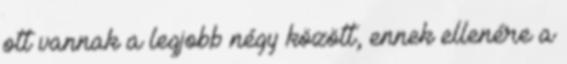
ott vannak a legjobb négy között, ennek ellenére a